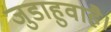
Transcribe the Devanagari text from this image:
जुडाहुवाहै।